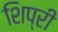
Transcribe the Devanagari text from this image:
शिप्री